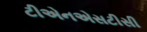
ટીએનએસટીસી